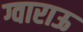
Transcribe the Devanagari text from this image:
ग्वाराऊ